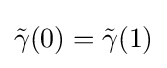
{\tilde {\gamma }}(0)={\tilde {\gamma }}(1)